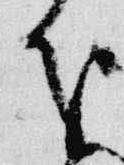
分